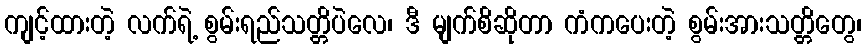
ကျင့်ထားတဲ့ လက်ရဲ့ စွမ်းရည်သတ္တိပဲလေ၊ ဒီ မျက်စိဆိုတာ ကံကပေးတဲ့ စွမ်းအားသတ္တိတွေ၊